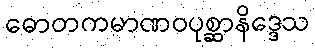
ဓောတကမာဏဝပုစ္ဆာနိဒ္ဒေသ